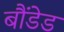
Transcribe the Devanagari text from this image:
बौंडेड